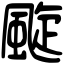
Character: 颴